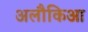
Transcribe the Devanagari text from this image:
अलौकिआ